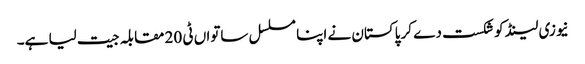
نیوزی لینڈ کو شکست دے کر پاکستان نے اپنا مسلسل ساتواں ٹی 20 مقابلہ جیت لیا ہے۔